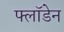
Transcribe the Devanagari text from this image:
फ्लॉडेन